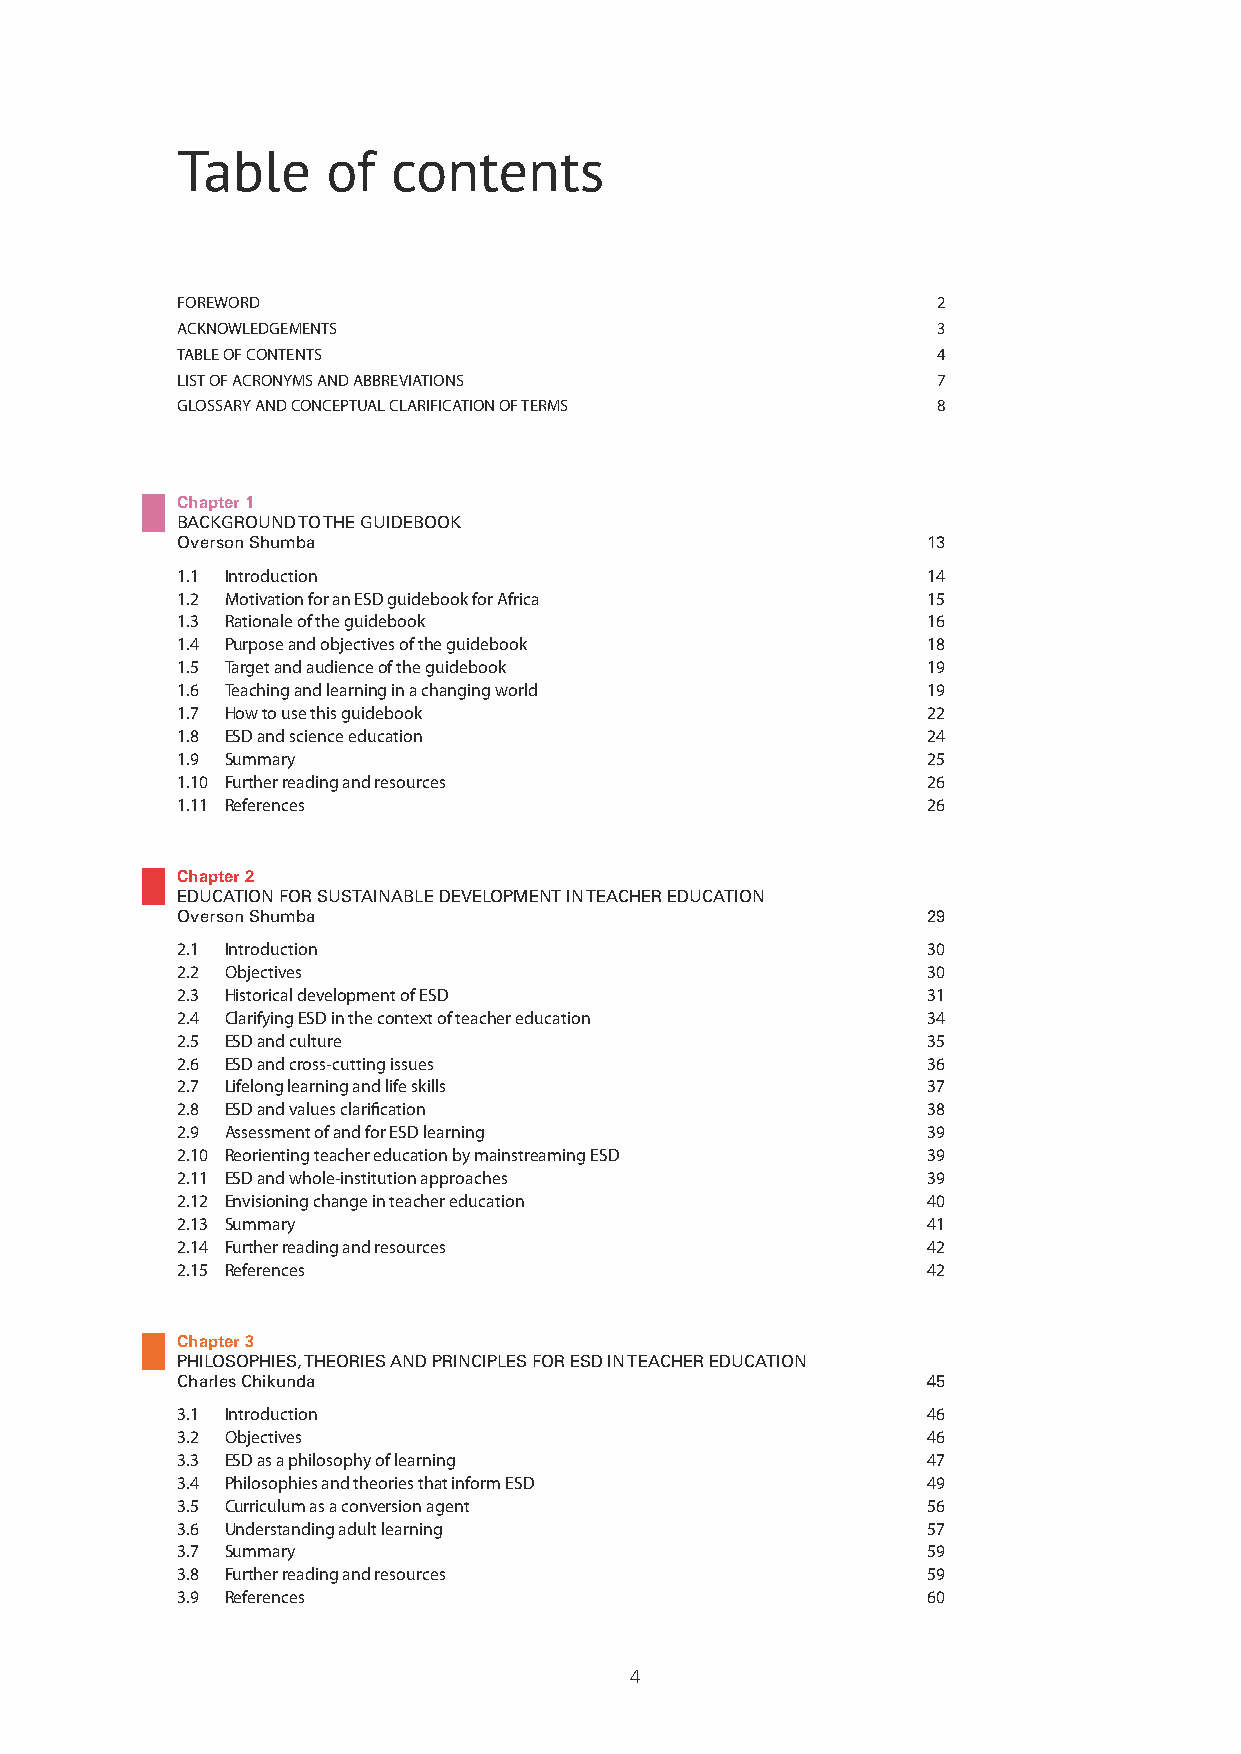
Table     of  contents
 FOREWORD                                          2
 ACKNOWLEDGEMENTS                                  3
 TABLE OF CONTENTS                                 4
 LIST OF ACRONYMS AND ABBREVIATIONS                7
 GLOSSARY AND CONCEPTUAL CLARIFICATION OF TERMS    8
 Chapter 1
 BACKGROUND TO THE GUIDEBOOK
 Overson Shumba                                   13
 1.1 Introduction                                 14
 1.2 Motivation for an ESD guidebook for Africa   15
 1.3 Rationale of the guidebook                   16
 1.4 Purpose and objectives of the guidebook      18
 1.5 Target and audience of the guidebook         19
 1.6 Teaching and learning in a changing world    19
 1.7 How to use this guidebook                    22
 1.8 ESD and science education                    24
 1.9 Summary                                      25
 1.10 Further reading and resources               26
 1.11 References                                  26
 Chapter 2
 EDUCATION FOR SUSTAINABLE DEVELOPMENT IN TEACHER EDUCATION
 Overson Shumba                                   29
 2.1 Introduction                                 30
 2.2 Objectives                                   30
 2.3 Historical development of ESD                31
 2.4 Clarifying ESD in the context of teacher education 34
 2.5 ESD and culture                              35
 2.6 ESD and cross-cutting issues                 36
 2.7 Lifelong learning and life skills            37
 2.8 ESD and values clarification                 38
 2.9 Assessment of and for ESD learning           39
 2.10 Reorienting teacher education by mainstreaming ESD 39
 2.11 ESD and whole-institution approaches        39
 2.12 Envisioning change in teacher education     40
 2.13 Summary                                     41
 2.14 Further reading and resources               42
 2.15 References                                  42
 Chapter 3
 PHILOSOPHIES, THEORIES AND PRINCIPLES FOR ESD IN TEACHER EDUCATION
 Charles Chikunda                                 45
 3.1 Introduction                                 46
 3.2 Objectives                                   46
 3.3 ESD as a philosophy of learning              47
 3.4 Philosophies and theories that inform ESD    49
 3.5 Curriculum as a conversion agent             56
 3.6 Understanding adult learning                 57
 3.7 Summary                                      59
 3.8 Further reading and resources                59
 3.9 References                                   60
 4